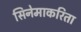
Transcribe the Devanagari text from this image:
सिनेमाकरिता